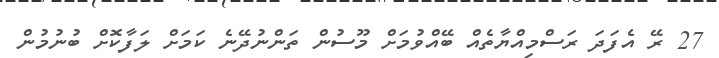
27 ރޭ އެފަދަ ރަސްމިއްޔާތެއް ބޭއްވުމަށް މޫސުން ތަންނުދޭނެ ކަމަށް ލަފާކޮށް ބުނުމުން